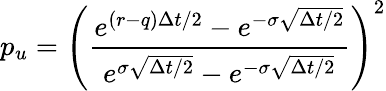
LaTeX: p_{u}=\left({\frac{e^{(r-q)\Delta t/2}-e^{-\sigma{\sqrt{\Delta t/2}}}}{e^{\sigma{\sqrt{\Delta t/2}}}-e^{-\sigma{\sqrt{\Delta t/2}}}}}\right)^{2}